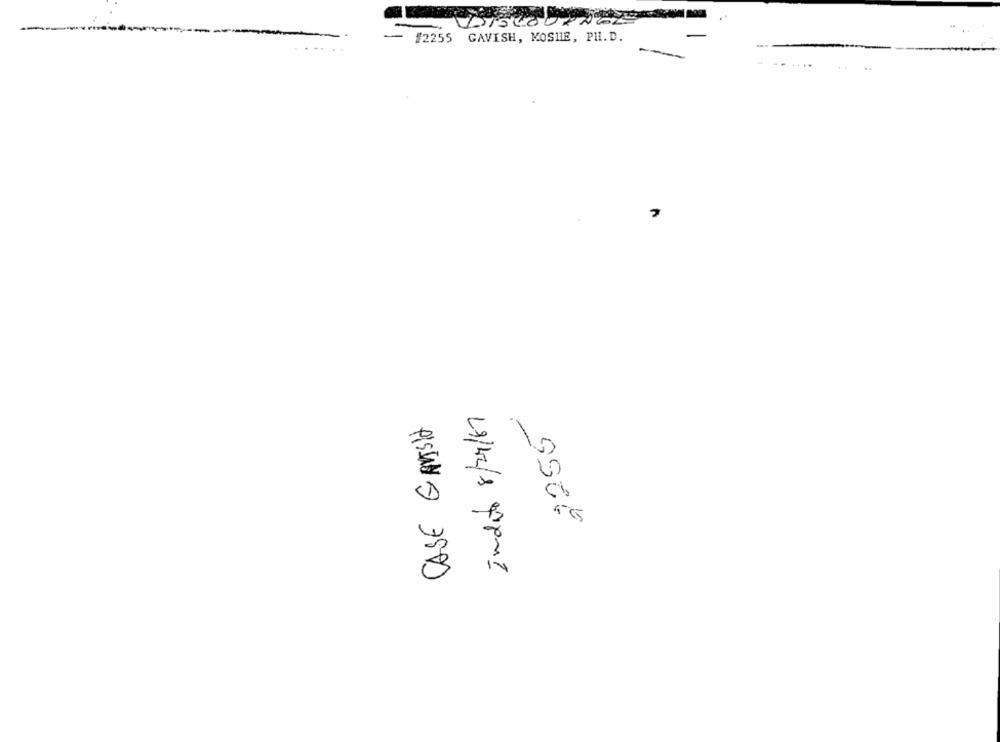
-
-- 12255 GAVISH, MOSHE, PH.D.
Induto 8/29/67
CASE GAVISHA
SSEF